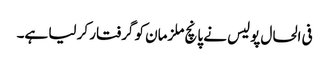
فی الحال پولیس نے پانچ ملزمان کو گرفتار کر لیا ہے۔